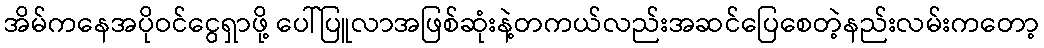
အိမ်ကနေအပိုဝင်ငွေရှာဖို့ ပေါ်ပြူလာအဖြစ်ဆုံးနဲ့တကယ်လည်းအဆင်ပြေစေတဲ့နည်းလမ်းကတော့